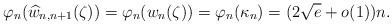
LaTeX: \begin{align*}\varphi_{n}(\widehat{w}_{n,n+1}(\zeta))=\varphi_{n}(w_{n}(\zeta))=\varphi_{n}(\kappa_{n})=(2\sqrt{e}+o(1))n.\end{align*}